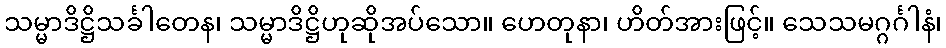
သမ္မာဒိဋ္ဌိသင်္ခါတေန၊ သမ္မာဒိဋ္ဌိဟုဆိုအပ်သော။ ဟေတုနာ၊ ဟိတ်အားဖြင့်။ သေသမဂ္ဂင်္ဂါနံ၊